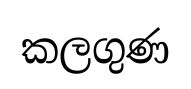
කලගුණ